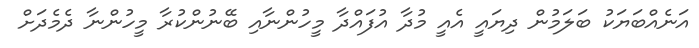
އަނެއްބަޔަކު ބަލަމުން ދިޔައީ އެއީ މުދާ އުފައްދާ މީހުންނާއި ބޭނުންކުރާ މީހުންނާ ދެމެދަށް